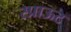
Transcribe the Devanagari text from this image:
स्प्राऊट